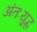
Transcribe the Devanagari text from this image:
अंतःयुद्ध